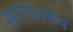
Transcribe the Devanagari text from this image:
सारांशरूप